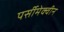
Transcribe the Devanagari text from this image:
पर्सीमेक्वीन